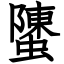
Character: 螴